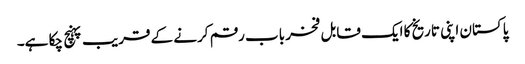
پاکستان اپنی تاریخ کا ایک قابل فخر باب رقم کرنے کے قریب پہنچ چکا ہے۔